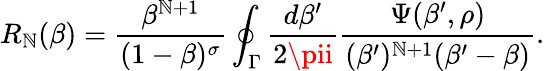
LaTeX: R_{\mathbb{N}}(\beta)={\frac{{\beta^{\mathbb{N}+1}}}{{(1-\beta)^{\sigma}}}}\oint_{\Gamma}{\frac{{d\beta^{\prime}}}{{2\pii}}}{\frac{{\Psi(\beta^{\prime},\rho)}}{{(\beta^{\prime})^{\mathbb{N}+1}(\beta^{\prime}-\beta)}}}.